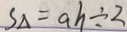
S _ { \Delta } = a h \div 2